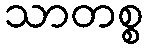
သာတစ္စ